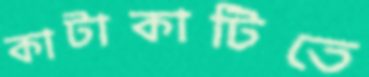
কাটাকাটিতে